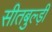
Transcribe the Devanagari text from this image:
सीतबुल्ड़ी